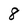
Character: 8